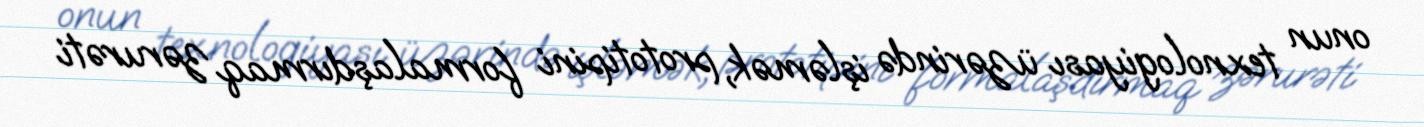
onun texnologiyası üzərində işləmək, prototipini formalaşdırmaq zərurəti